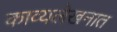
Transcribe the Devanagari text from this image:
काव्यलेखनात